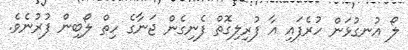
ލޯ އުނގުޅަން ހުރެފައި އާ ފުރިލިގޮތް ފެނިގެން ޖަނާގެ ހިތް ލޯބިން ފުރުނެވެ.